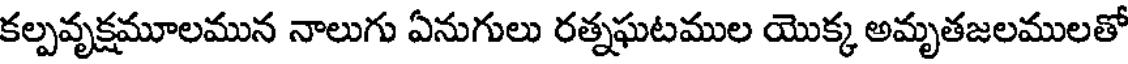
కల్పవృక్షమూలమున నాలుగు ఏనుగులు రత్నఘటముల యొక్క అమృతజలములతో